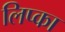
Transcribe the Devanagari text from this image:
लिप्का